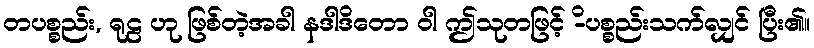
တပစ္စည်း, ရုဠ ဟု ဖြစ်တဲ့အခါ နဒါဒိတော ဝါ ဤသုတဖြင့် -ိပစ္စည်းသက်လျှင် ပြီး၏။